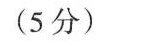
(5分)